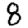
Digit: 8